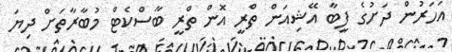
އަހަރުން ދަށުގެ ފީބާ އޭޝިއަން ތްރީ އޮން ތްރީ ބާސްކެޓް މުބާރާތަށް ދިޔަ